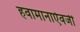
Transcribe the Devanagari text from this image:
हवामानाऐवजी